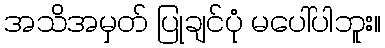
အသိအမှတ် ပြုချင်ပုံ မပေါ်ပါဘူး။